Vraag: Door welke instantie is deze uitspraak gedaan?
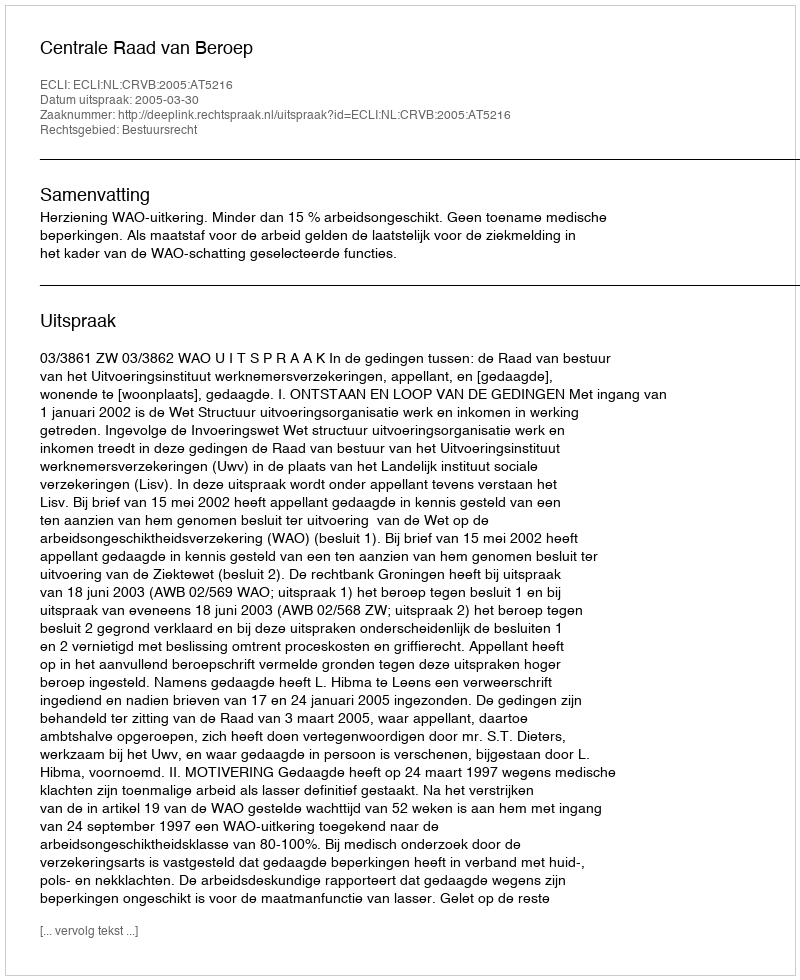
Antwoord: Centrale Raad van Beroep